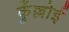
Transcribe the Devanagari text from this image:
कुँल्लोई